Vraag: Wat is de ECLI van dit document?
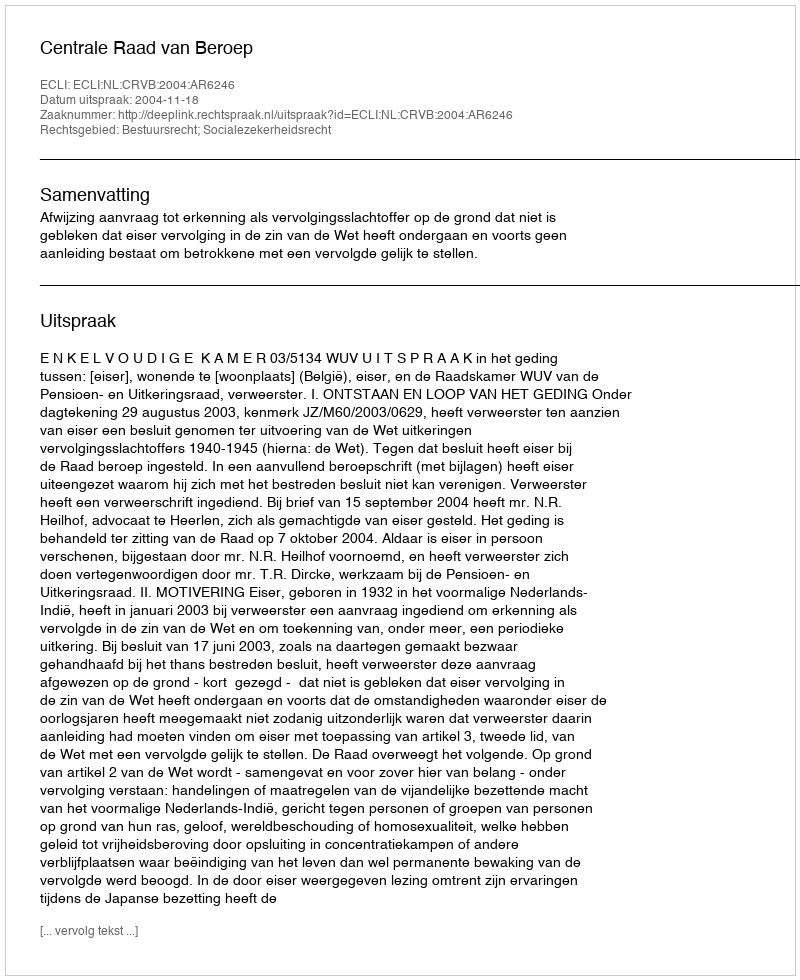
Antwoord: ECLI:NL:CRVB:2004:AR6246